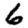
Digit: 6